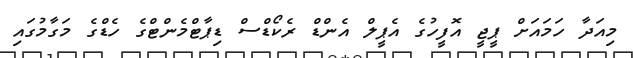
މިއަދާ ހަމައަށް ޕީޖީ އޮފީހުގެ އެޕީލް އެންޑް ރެކޯޑްސް ޑިޕާޓްމެންޓްގެ ހެޑްގެ މަގާމުގައި